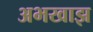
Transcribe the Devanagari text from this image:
अभखाझ